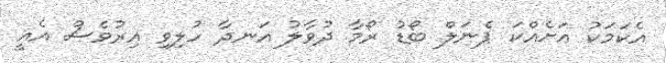
އެކަމަކު އަށެއްކަ ޕެނަލް ބޯޑު ރޯމާ ދުވާލު އަނދާ ހުލިވި އިރުވެސް އެއީ